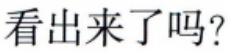
看出来了吗？